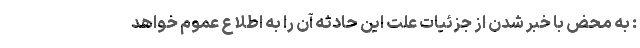
: به محض با خبر شدن از جزئیات علت این حادثه آن را به اطلاع عموم خواهد